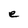
Character: e